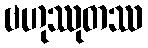
ဗဟုဿုတဿ